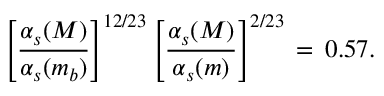
\left[ \frac { \alpha _ { s } ( M ) } { \alpha _ { s } ( m _ { b } ) } \right] ^ { 1 2 / 2 3 } \left[ \frac { \alpha _ { s } ( M ) } { \alpha _ { s } ( m ) } \right] ^ { 2 / 2 3 } \, = \, 0 . 5 7 .